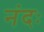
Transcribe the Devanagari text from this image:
नंदः